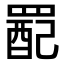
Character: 𫅉